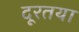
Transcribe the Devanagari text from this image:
दूरतया